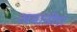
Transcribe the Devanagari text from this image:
अमानोरा